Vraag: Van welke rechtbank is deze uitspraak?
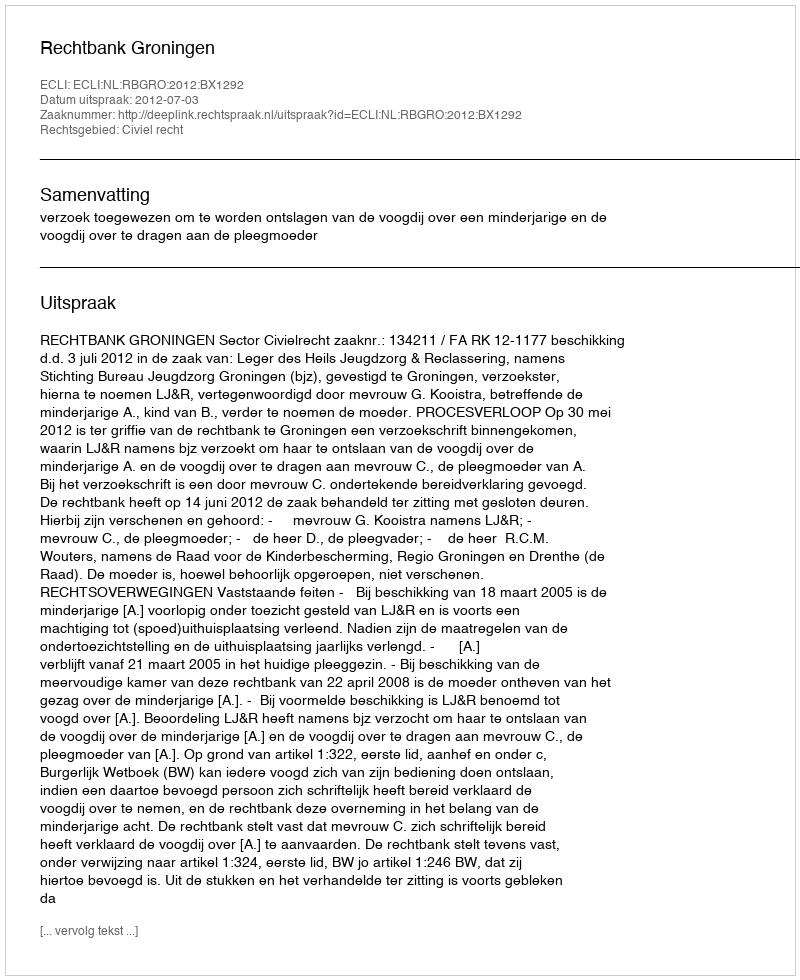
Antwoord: Rechtbank Groningen